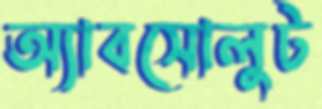
অ্যাবসোলুট